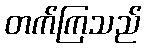
တက်ကြသည်